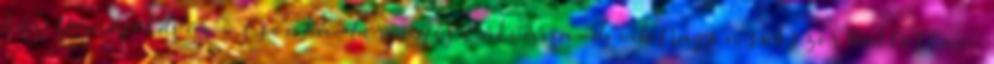
bár. Dunaföldvár - Csonka-torony és Kálvária-domb Nagyon sokszor hallottam,